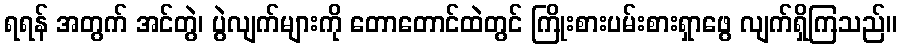
ရရန် အတွက် အင်တွဲ၊ ပွဲလျက်များကို တောတောင်ထဲတွင် ကြိုးစားပမ်းစားရှာဖွေ လျက်ရှိကြသည်။